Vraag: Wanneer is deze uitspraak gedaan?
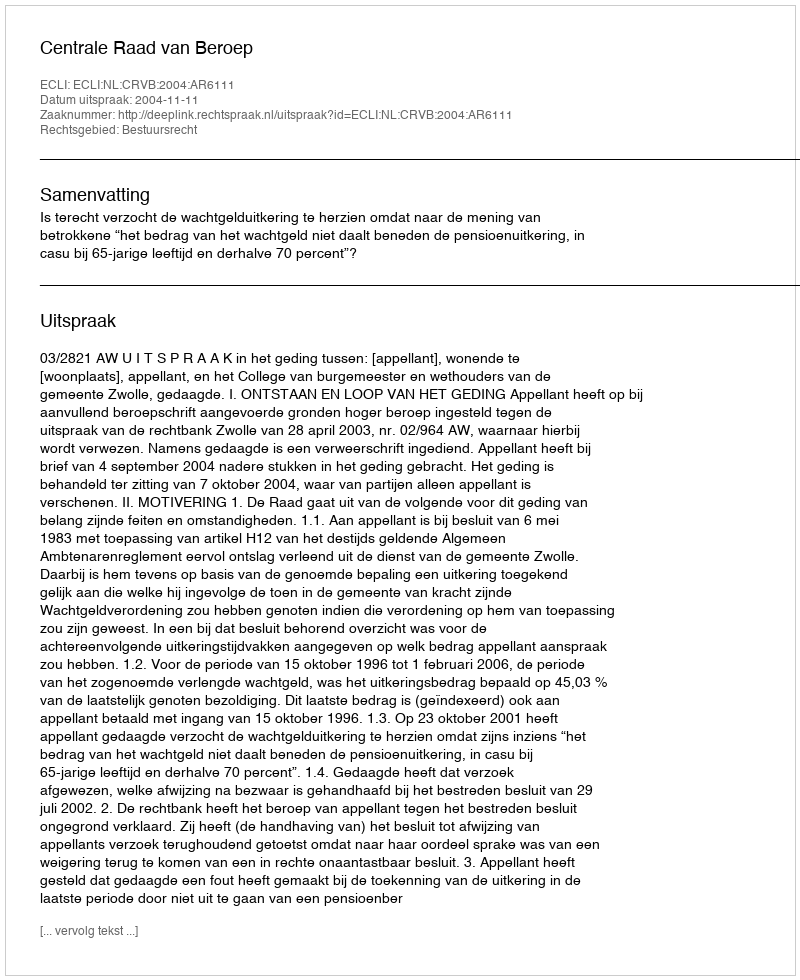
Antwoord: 2004-11-11